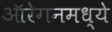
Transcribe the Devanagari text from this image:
ऑरेगनमध्ये